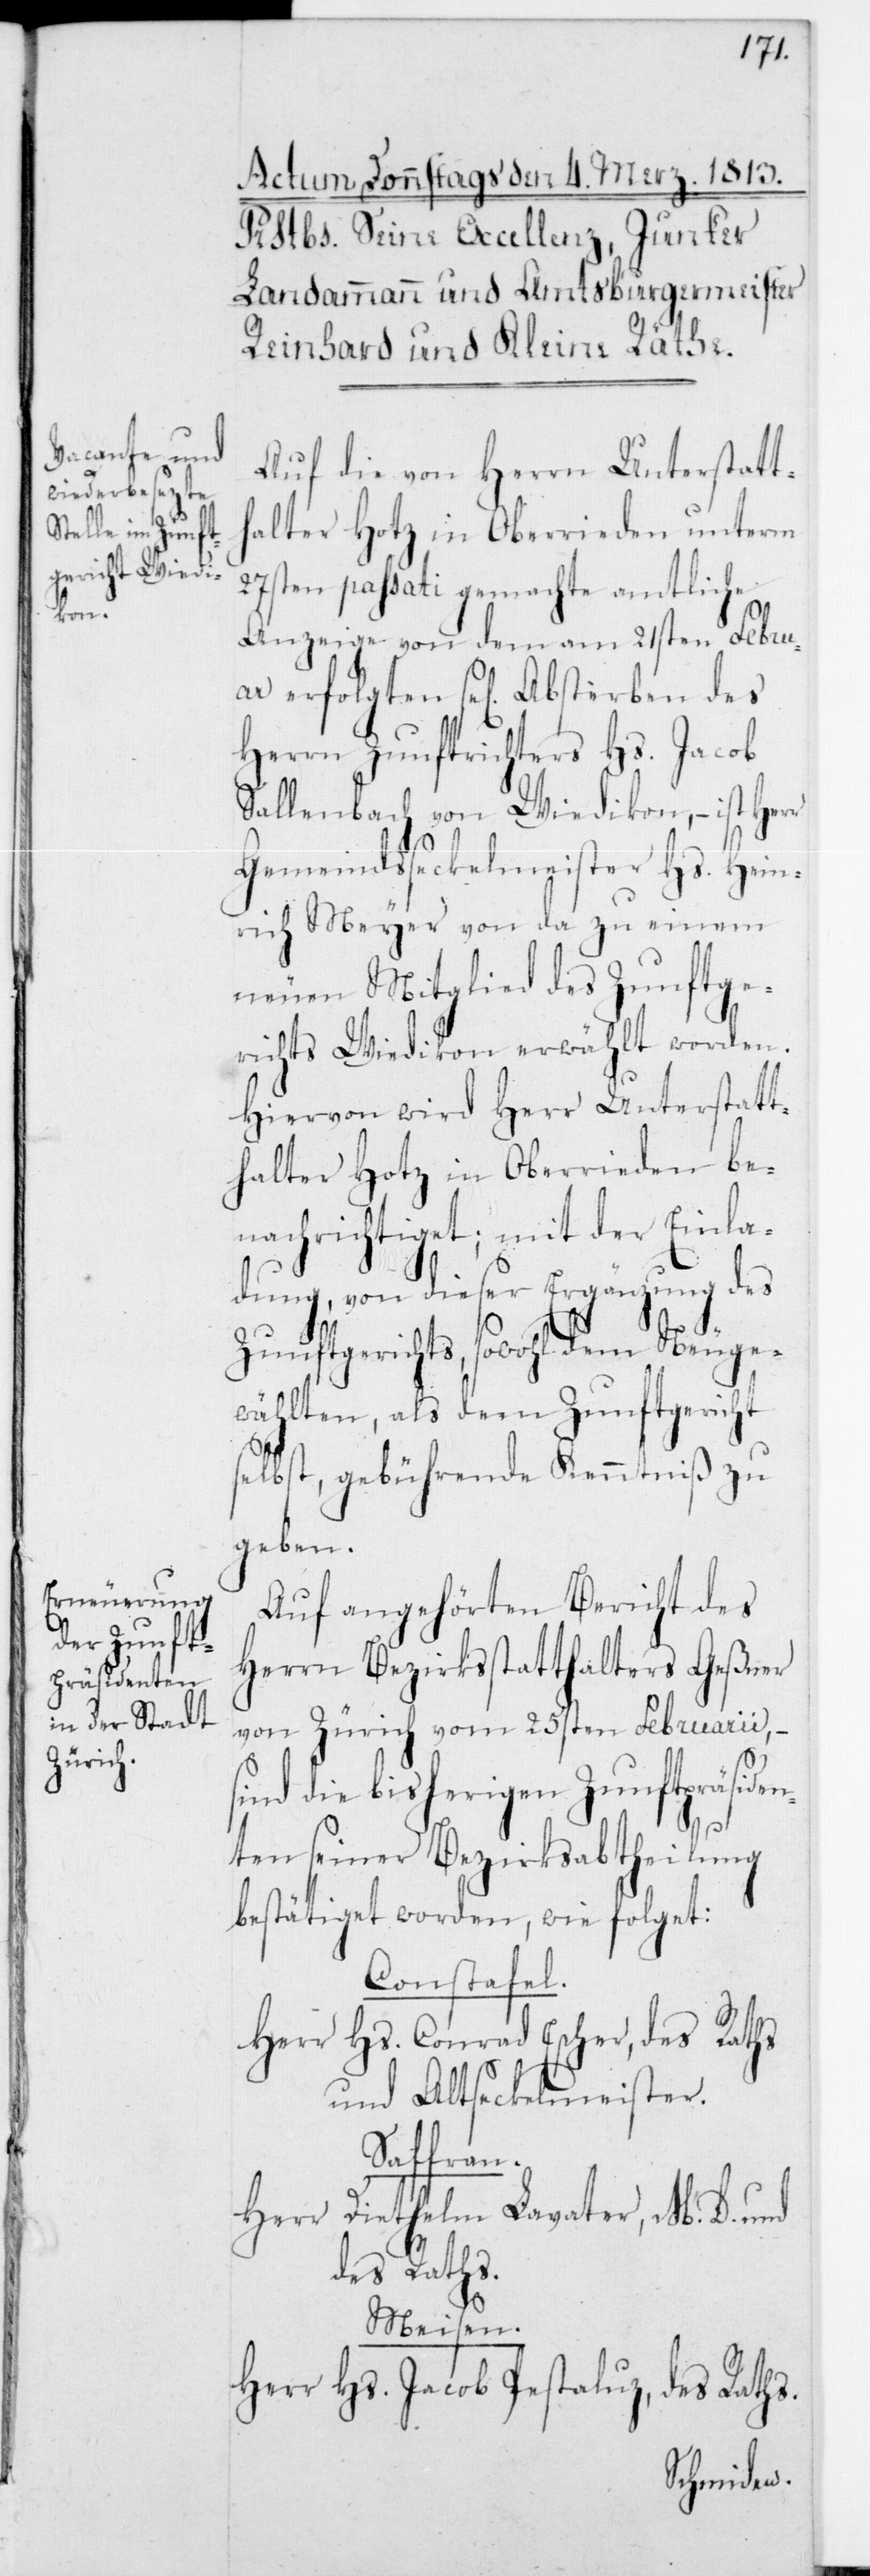
Auf die von Herrn Unterstatt¬
halter Hotz in Oberrieden unterm
27sten passati gemachte amtliche
Anzeige von dem am 21sten Febru¬
ar erfolgten sel. Absterben des
Herrn Zunftrichters Hs. Jacob
Sallenbach von Wiedikon, – ist Herr
Gemeindsseckelmeister Hs. Hein¬
rich Meyer von da zu einem
neuen Mitglied des Zunftge¬
richts Wiedikon erwählt worden.
Hiervon wird Herr Unterstatt¬
halter Hotz in Oberrieden be¬
nachrichtiget; mit der Einla¬
dung, von dieser Ergänzung des
Zunftgerichts sowohl dem Neuge¬
wählten, als dem Zunftgericht
selbst, gebührende Kenntniß zu
geben.
Auf angehörten Bericht des
Herrn Bezirksstatthalters Geßner
von Zürich vom 25sten Februarii, –
sind die bisherigen Zunftpräside¬
nten seiner Bezirksabtheilung
bestätiget worden, wie folget:
Constafel.
Herr Hs. Conrad Escher, des Raths
und alt Seckelmeister.
Saffran.
Herr Diethelm Lavater, M. D. und
des Raths.
Meisen.
Herr Hs. Jacob Pestaluz,
des Raths.